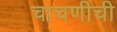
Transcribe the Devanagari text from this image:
चाचणीची